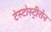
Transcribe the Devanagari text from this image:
टेस्टोस्ट्रीरोन